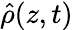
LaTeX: \hat{\rho}(z,t)